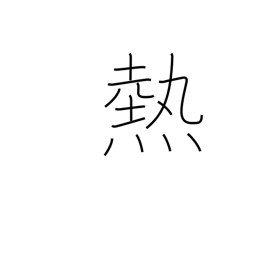
Meaning: passion